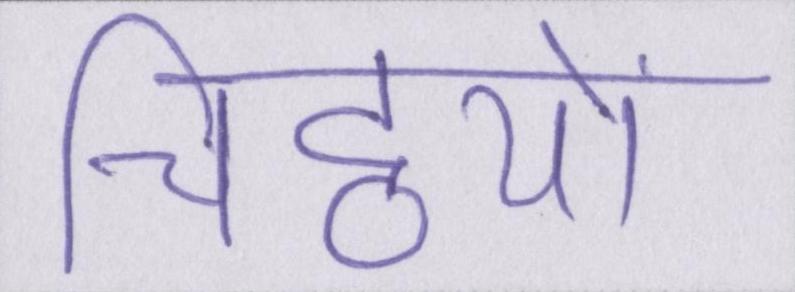
चिट्ठियों